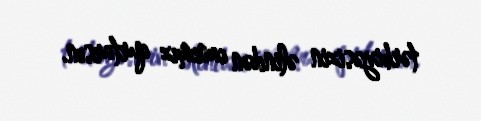
tərbiyəsizin əlindən canımız qurtarsın.